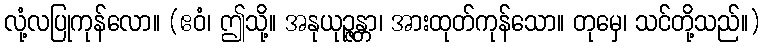
လုံ့လပြုကုန်လော။ (ဧဝံ၊ ဤသို့။ အနုယုဉ္ဇန္တာ၊ အားထုတ်ကုန်သော။ တုမှေ၊ သင်တို့သည်။)